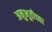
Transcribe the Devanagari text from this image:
अनुभूतीच्या